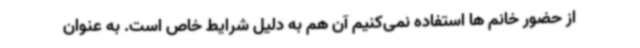
از حضور خانم ها استفاده نمی‌کنیم آن هم به دلیل شرایط خاص است. به عنوان